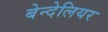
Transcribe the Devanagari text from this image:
बेन्देलियर